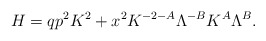
\begin{align*}H=qp^{2}K^{2}+x^{2}K^{-2-A}\Lambda^{-B}K^{A}\Lambda^{B}.\end{align*}